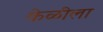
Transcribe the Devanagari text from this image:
केळीला